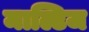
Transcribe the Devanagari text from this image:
माल्टिज